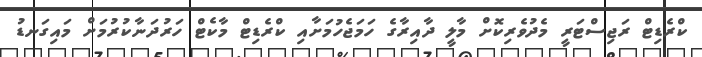
ކްރެޑިޓް ރަޖިސްޓަރީ މެދުވެރިކޮށް މާލީ ދާއިރާގެ ހަމަޖެހުމަށާއި ކްރެޑިޓް މާކެޓް ހަރުދަނާކުރުމަށް މައިގަނޑު